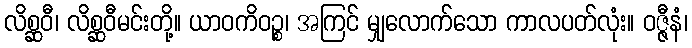
လိစ္ဆဝီ၊ လိစ္ဆဝီမင်းတို့။ ယာဝကိဝဉ္စ၊ အကြင် မျှလောက်သော ကာလပတ်လုံး။ ဝဇ္ဇီနံ၊